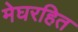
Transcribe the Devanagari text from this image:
मेघरहित